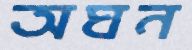
অঘন